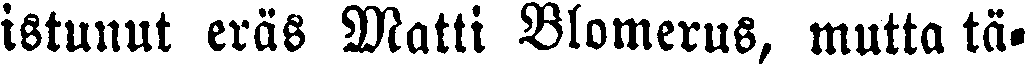
istunut eräs Matti Blomerus, muttä tä-